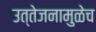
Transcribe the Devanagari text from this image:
उत्तेजनामुळेच